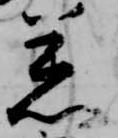
着